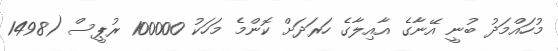
މުހައްމަދު ބުނީ އޭނާގެ އާއިލާގެ ހަރަދަށް ކޮންމެ މަހަކު 100000 ރުޕީސް (1498